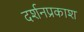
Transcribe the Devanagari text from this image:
दर्शनप्रकाश